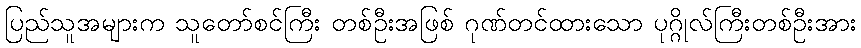
ပြည်သူအများက သူတော်စင်ကြီး တစ်ဦးအဖြစ် ဂုဏ်တင်ထားသော ပုဂ္ဂိုလ်ကြီးတစ်ဦးအား